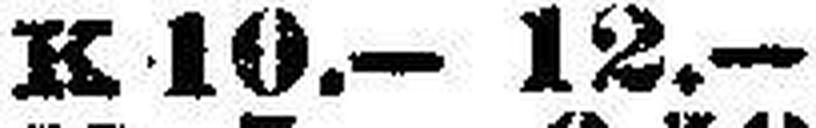
K 10.— 12.—